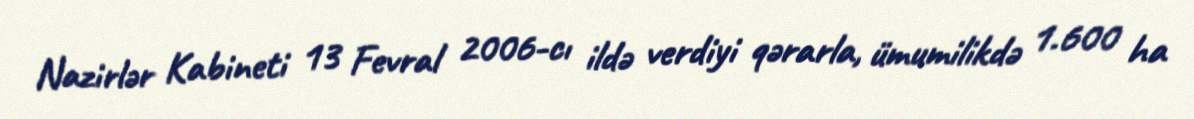
Nazirlər Kabineti 13 Fevral 2006-cı ildə verdiyi qərarla, ümumilikdə 1.600 ha